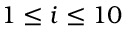
1 \leq i \leq 1 0